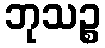
ဘုသဉ္စ